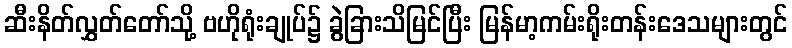
ဆီးနိတ်လွှတ်တော်သို့ ဗဟိုရုံးချုပ်၌ ခွဲခြားသိမြင်ပြီး မြန်မာ့ကမ်းရိုးတန်းဒေသများတွင်